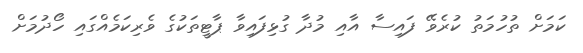
ކަމަށް ތުހުމަތު ކުރެވޭ ފައިސާ އާއި މުދާ ގުޅިފައިވާ ޕާޓީތަކުގެ ވެރިކަމެއްގައި ހޯދުމަށް